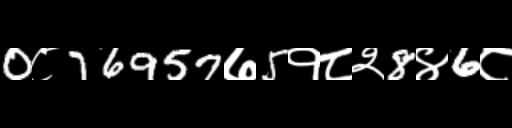
Text: 0८76957७5१८२8४6८